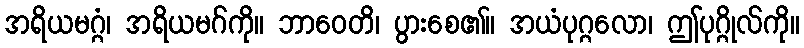
အရိယမဂ္ဂံ၊ အရိယမဂ်ကို။ ဘာဝေတိ၊ ပွားစေ၏။ အယံပုဂ္ဂလော၊ ဤပုဂ္ဂိုလ်ကို။